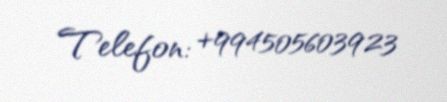
Telefon: +994505603923